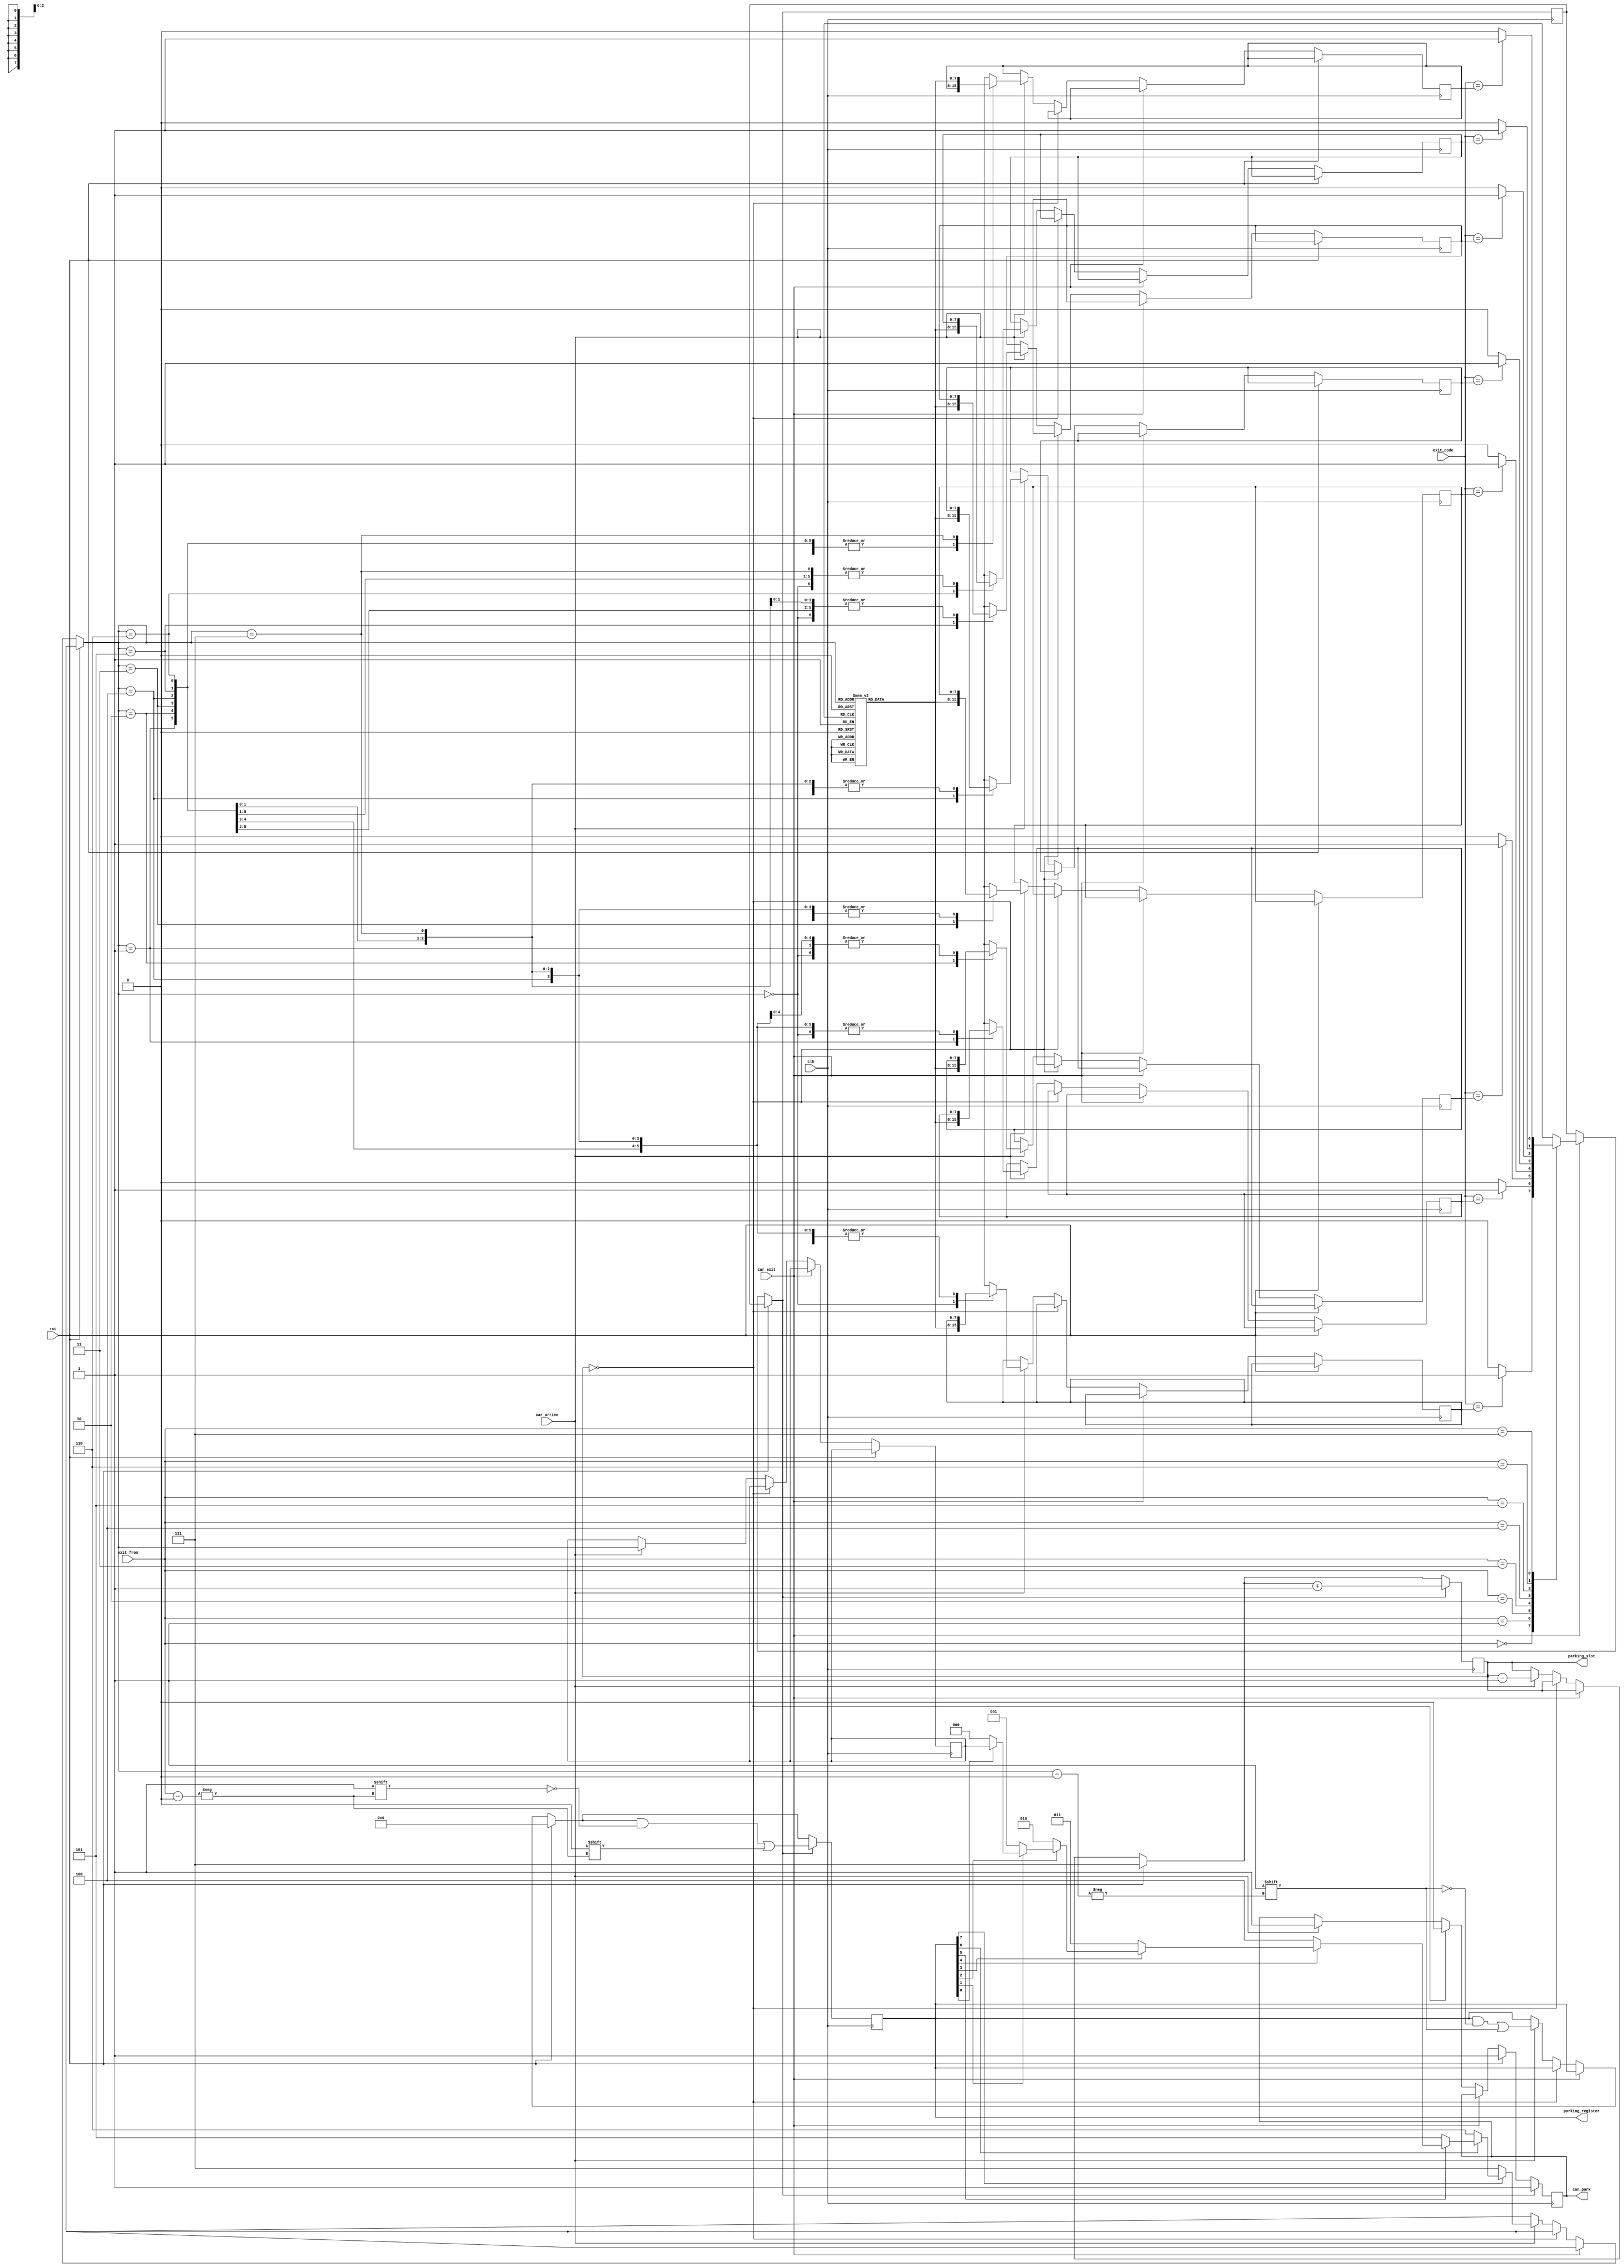
module car_parking_system(
  input clk, rst, car_arrive, car_exit,
  input [2:0] exit_from, 
  input [7:0] exit_code, 
  output reg [2:0] parking_slot,
  output reg can_park,  
  output reg [7:0] parking_register
); 
  
  reg [7:0] slot1, slot2, slot3, slot4, slot5, slot6, slot7, slot8;
  reg [2:0] available_spot; 
  reg [7:0] temp; 
  reg match;
  integer i;
  
  always @(posedge clk) begin
    if (rst) begin
      parking_slot = 3'b111;
      can_park = 1;
      parking_register = 8'b0;
    end
    else if (car_exit) begin
      case (exit_from)
        0 : match = exit_code == slot1 ? 1 : 0;
        1 : match = exit_code == slot2 ? 1 : 0;
        2 : match = exit_code == slot3 ? 1 : 0;
        3 : match = exit_code == slot4 ? 1 : 0;
        4 : match = exit_code == slot5 ? 1 : 0;
        5 : match = exit_code == slot6 ? 1 : 0;
        6 : match = exit_code == slot7 ? 1 : 0;
        7 : match = exit_code == slot8 ? 1 : 0;
        default : match = 0;
      endcase
    end
    else if (!parking_slot) 
      can_park = 0;
    
    else if (car_arrive) begin
      parking_slot = parking_slot - 1;
      can_park = 1;      
      for (i = 0; i <= 7; i = i + 1) begin
        if (parking_register[i] == 0)
          available_spot = i;
      end
      parking_register[available_spot] = 1;
      task_code(available_spot, temp);
      case (available_spot)
        0 : slot1 = temp;
        1 : slot2 = temp;
        2 : slot3 = temp;
        3 : slot4 = temp;
        4 : slot5 = temp;
        5 : slot6 = temp;
        6 : slot7 = temp;
        7 : slot8 = temp;
      endcase
    end
    if (match) begin
      parking_slot = parking_slot + 1;
      can_park = 1;
      parking_register[exit_from] = 0;
    end
    else
      parking_slot = parking_slot;
  end
  
  task task_code;
    input [2:0] slot_number;
    output reg [7:0] out;
   
    begin
      case (slot_number)
        0 : out = 1;
        1 : out = 1 + 2;
        2 : out = 1 + 2 + 3;
        3 : out = 1 + 2 + 3 + 5;
        4 : out = 1 + 2 + 3 + 5 + 8;
        5 : out = 1 + 2 + 3 + 5 + 8 + 13;
        6 : out = 1 + 2 + 3 + 5 + 8 + 13 + 21;
        7 : out = 1 + 2 + 3 + 5 + 8 + 13 + 21 + 34;
        default : out = 8'bz;
      endcase
    end
  endtask
endmodule